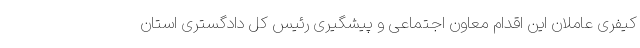
کیفری عاملان این اقدام معاون اجتماعی و پیشگیری رئیس کل دادگستری استان